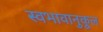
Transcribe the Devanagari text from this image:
स्वभावानुकूल